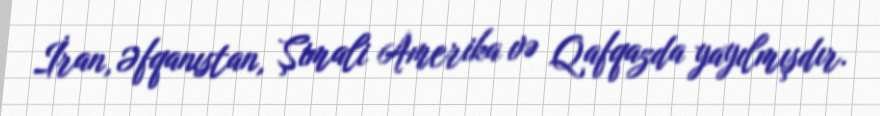
İran, Əfqanıstan, Şimali Amerika və Qafqazda yayılmışdır.